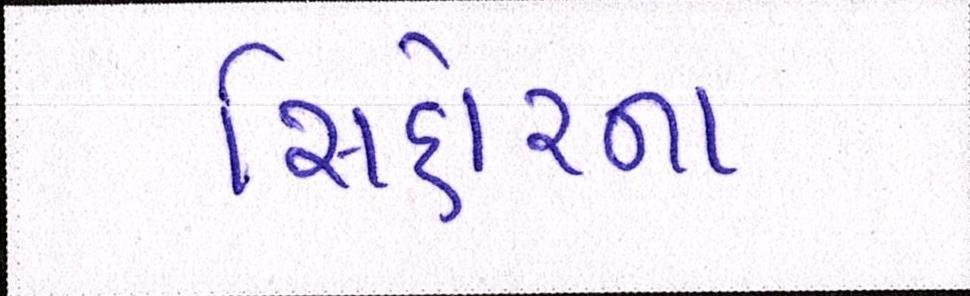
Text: સિહોરના